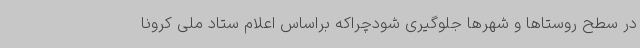
در سطح روستاها و شهرها جلوگیری شودچراکه براساس اعلام ستاد ملی کرونا